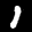
Label: 1